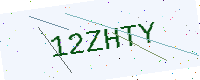
Text: 12ZHTY